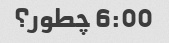
6:00 چطور؟